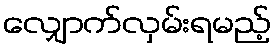
လျှောက်လှမ်းရမည့်